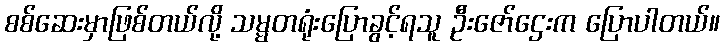
စစ်ဆေးမှာဖြစ်တယ်လို့ သမ္မတရုံးပြောခွင့်ရသူ ဦးဇော်ဌေးက ပြောပါတယ်။